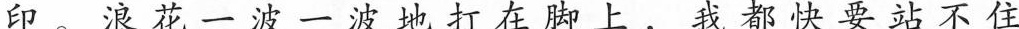
印。浪花一波一波地打在脚 我都快要站不住